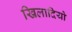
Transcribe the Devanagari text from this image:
खिलादियो